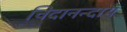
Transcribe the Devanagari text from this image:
चिदानन्दाय